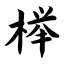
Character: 榉